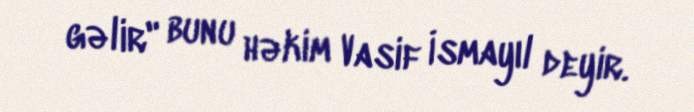
gəlir" bunu həkim Vasif İsmayıl deyir.